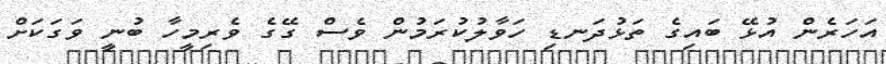
އަހަރެން އުޅޭ ބައިގެ ތަޅުދަނޑި ހަވާލުކުރަމުން ވެސް ގޭގެ ވެރިމީހާ ބުނީ ވަގަކަށް